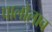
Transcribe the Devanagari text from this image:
पालोलाब